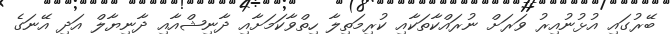
ބޭރުގައި އުޅުނުއިރު ވަރަށް ނުރައްކާތަކާއި ކުރިމަތިލާ ހިތްވާކަމަށާއި ދާނިޝްއާއި ދާނިޔާލް އަދި އޭނަގެ